Report on sanitation, dispensaries, and jails in Rajputana for 1921, and on vaccination for the year 1921-1922 - 1921-1922
Year: 1921
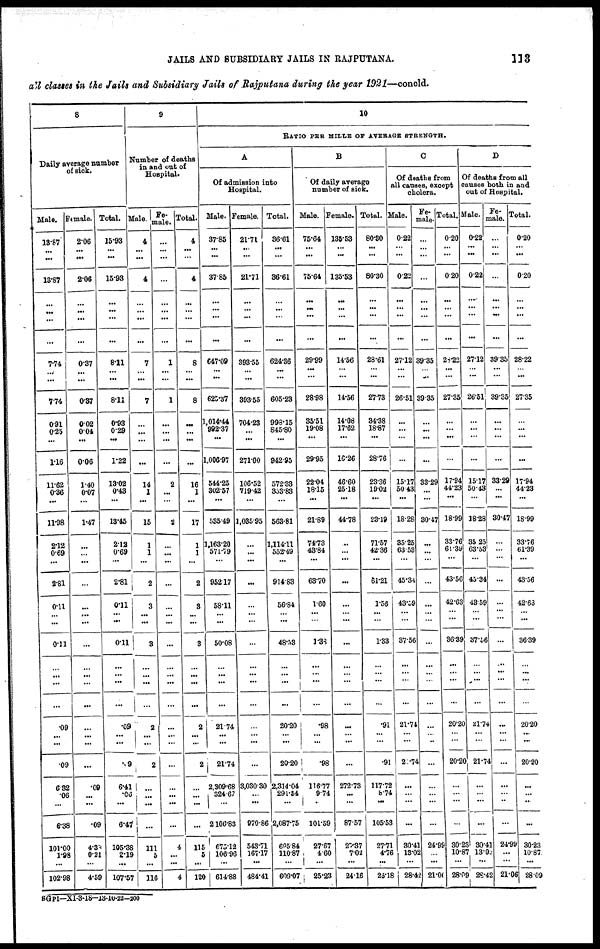
JAILS AND SUBSIDIARY JAILS IN RAJPUTANA.
113
all classes in the Jails and Subsidiary Jails of Rajputana during the year 1921—concld.
8
Daily average number
of sick.
Male.
13.87
...
...
13.87
...
...
...
...
7.74
...
...
7.74
0.91
0.25
...
1.16
11.62
0.36
...
11.98
2.12
0.69
...
2.81
0.11
...
...
o.11
...
...
...
...
.09
...
...
.09
6.32
.06
...
6.38
...
1.98
...
102.98
Female.
2.06
...
...
2.06
...
...
...
...
0.37
...
...
0.37
0.02
0.04
...
0.06
1.40
0.07
...
1.47
...
...
...
...
...
...
...
...
...
...
...
...
...
...
...
...
.09
...
...
.09
4.33
0.21
...
4.59
Total.
15.93
...
...
15.93
...
...
...
...
8.11
...
...
8.11
0.93
0.29
...
1.22
13.02
0.43
...
13.45
2.12
0.69
...
2.81
o.11
...
...
o.11
...
...
...
...
.09
...
...
9
6.41
.06
...
6.47
105.38
2.19
...
107.57
9
Number of deaths
in and out of
Hospital.
Male.
4
...
...
4
...
...
...
...
7
...
...
7
...
...
...
...
14
1
...
15
1
1
...
2
3
...
...
3
...
...
...
...
2
...
...
2
...
...
...
...
...
5
...
116
Fe-
male.
...
...
...
...
...
...
...
...
1
...
...
1
...
...
...
...
2
...
...
2
...
...
...
...
...
...
...
...
...
...
...
...
...
...
...
...
...
...
...
...
4
...
...
4
Total.
4
...
...
4
...
...
...
...
8
...
...
8
...
...
...
...
16
1
...
17
1
1
...
2
3
...
...
3
...
...
...
...
2
...
...
2
...
...
...
...
115
5
...
120
10
RATIO PER MILLE OF AVERAGE STRENGTH.
A
Of admission into
Hospital.
Male.
37.85
...
...
3785
...
...
...
...
647.09
...
...
625.37
1,014.44
992.37
...
1,006.97
544.25
302.57
...
535.49
1,163.20
571.79
...
952.17
58.11
...
...
50.08
...
...
...
...
21.74
...
...
21.74
2,309.68
324.67
...
2106.83
675.12
106.96
...
614.88
Female.
21.71
...
...
21.71
...
...
...
...
393.55
...
...
393.55
704.23
...
...
271.00
106.52
719.42
...
1,035.95
...
...
...
...
...
...
...
...
...
...
...
...
...
...
...
...
3,030.30
...
...
979.86
543.71
167.17
...
484.41
Total.
36.61
...
...
36.61
...
...
...
...
624.36
...
...
605.23
998.15
845.80
...
942.95
572.33
353.83
...
563.81
1,114.11
552.49
...
914.83
56.84
...
...
48.53
...
...
...
...
20.20
...
...
20.20
2,314.04
291.54
...
2,087.75
695.84
110.87
...
609.07
B
Of daily average
number of sick.
Male.
75.64
...
...
75.64
...
...
...
...
29.99
...
...
28.98
35.51
19.08
...
29.95
22.04
18.15
...
21.89
74.73
43.84
...
63.70
1.60
...
...
1.38
...
...
...
...
.98
...
...
.98
116.77
9.74
...
101.59
27.87
4.60
...
25.23
Female.
135.53
...
...
135.53
...
...
...
...
14.56
...
...
14.56
14.08
17.62
...
16.26
46.60
25.18
...
44.78
...
...
...
...
...
...
...
...
...
...
...
...
...
...
...
...
272.73
...
...
87.57
27.37
7.02
...
24.16
Total.
80.30
...
...
80.30
...
...
...
...
28.61
...
...
27.73
34.38
18.87
...
28.76
23.36
19.02
...
23.19
71.57
42.36
...
61.21
1.56
...
...
1.33
...
...
...
...
.91
...
...
.91
117.72
8.74
...
105.53
27.71
4.76
...
25.18
C
Of deaths from
all causes, except
cholera.
Male.
0.22
...
...
0.22
...
...
...
...
27.12
...
...
26.51
...
...
...
...
15.17
50.43
...
18.28
35.25
63.53
...
45.34
43.59
...
...
37.56
...
...
...
...
21.74
...
...
20.74
...
...
...
...
30.41
13.02
...
28.42
Fe-
male.
...
...
...
...
...
...
...
...
39.35
...
...
39.35
...
...
...
...
33.29
...
...
30.47
...
...
...
...
...
...
...
...
...
...
...
...
...
...
...
...
...
...
...
...
24.99
...
...
21.01
Total.
0.20
...
...
0.20
...
...
...
...
26.22
...
...
27.35
...
...
...
...
17.94
44.23
...
18.99
33.76
61.39
...
43.56
42.63
...
...
36.39
...
...
...
...
20.20
...
...
20.20
...
...
...
...
30.23
10.87
...
28.09
D
Of deaths from all
causes both in and
out of Hospital.
Male.
0.22
...
...
0.22
...
...
...
...
27.12
...
...
26.51
...
...
...
...
15.17
50.43
...
18.28
35.25
63.53
...
45.34
43.59
...
...
37.56
...
...
...
...
21.74
...
...
21.74
...
...
...
...
30.41
13.02
...
28.42
Fe-
male.
...
...
...
...
...
...
...
...
39.35
...
...
39.35
...
...
...
...
33.29
...
...
30.47
...
...
...
...
...
...
...
...
...
...
...
...
...
...
...
...
...
...
...
...
24.99
...
...
21.06
Total.
0.20
...
...
0.20
...
...
...
...
28.22
...
...
27.35
...
...
...
...
17.94
44.23
...
18.99
33.76
61.39
...
43.56
42.63
...
...
36.39
...
...
...
...
20.20
...
...
20.20
...
...
...
...
30.23
10.87
...
28.09
SGPI—XI-3-18—13-10-22—200